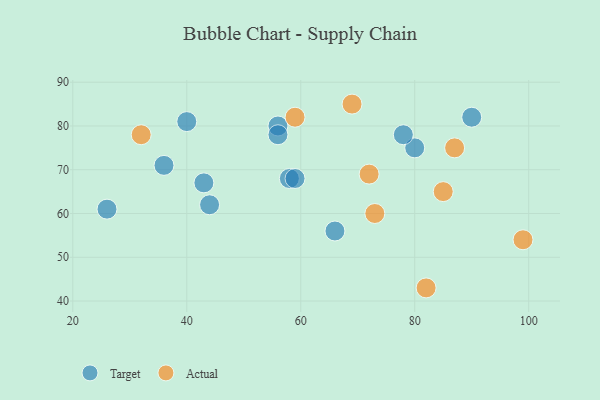
{"axis": {"x": "GDP", "y": "Life Expectancy"}, "legend": ["Actual", "Target"], "data": [{"x": "56", "y": 80, "type": "Target"}, {"x": "44", "y": 62, "type": "Target"}, {"x": "90", "y": 82, "type": "Target"}, {"x": "40", "y": 81, "type": "Target"}, {"x": "26", "y": 61, "type": "Target"}, {"x": "80", "y": 75, "type": "Target"}, {"x": "58", "y": 68, "type": "Target"}, {"x": "56", "y": 78, "type": "Target"}, {"x": "78", "y": 78, "type": "Target"}, {"x": "43", "y": 67, "type": "Target"}, {"x": "59", "y": 68, "type": "Target"}, {"x": "36", "y": 71, "type": "Target"}, {"x": "66", "y": 56, "type": "Target"}, {"x": "59", "y": 82, "type": "Actual"}, {"x": "87", "y": 75, "type": "Actual"}, {"x": "82", "y": 43, "type": "Actual"}, {"x": "99", "y": 54, "type": "Actual"}, {"x": "72", "y": 69, "type": "Actual"}, {"x": "69", "y": 85, "type": "Actual"}, {"x": "85", "y": 65, "type": "Actual"}, {"x": "73", "y": 60, "type": "Actual"}, {"x": "32", "y": 78, "type": "Actual"}]}